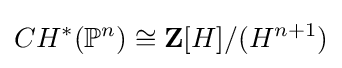
CH^{*}(\mathbb {P} ^{n})\cong \mathbf {Z} [H]/(H^{n+1})